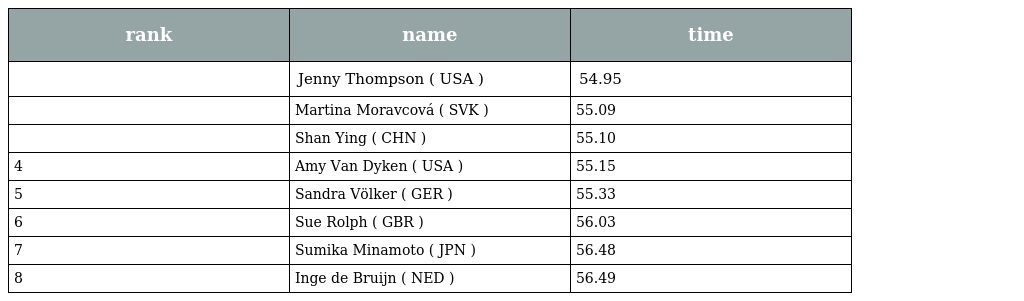
| rank | name | time |
 | --- | --- | --- |
 |  | Jenny Thompson ( USA ) | 54.95 |
 |  | Martina Moravcová ( SVK ) | 55.09 |
 |  | Shan Ying ( CHN ) | 55.10 |
 | 4 | Amy Van Dyken ( USA ) | 55.15 |
 | 5 | Sandra Völker ( GER ) | 55.33 |
 | 6 | Sue Rolph ( GBR ) | 56.03 |
 | 7 | Sumika Minamoto ( JPN ) | 56.48 |
 | 8 | Inge de Bruijn ( NED ) | 56.49 |